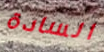
السادة